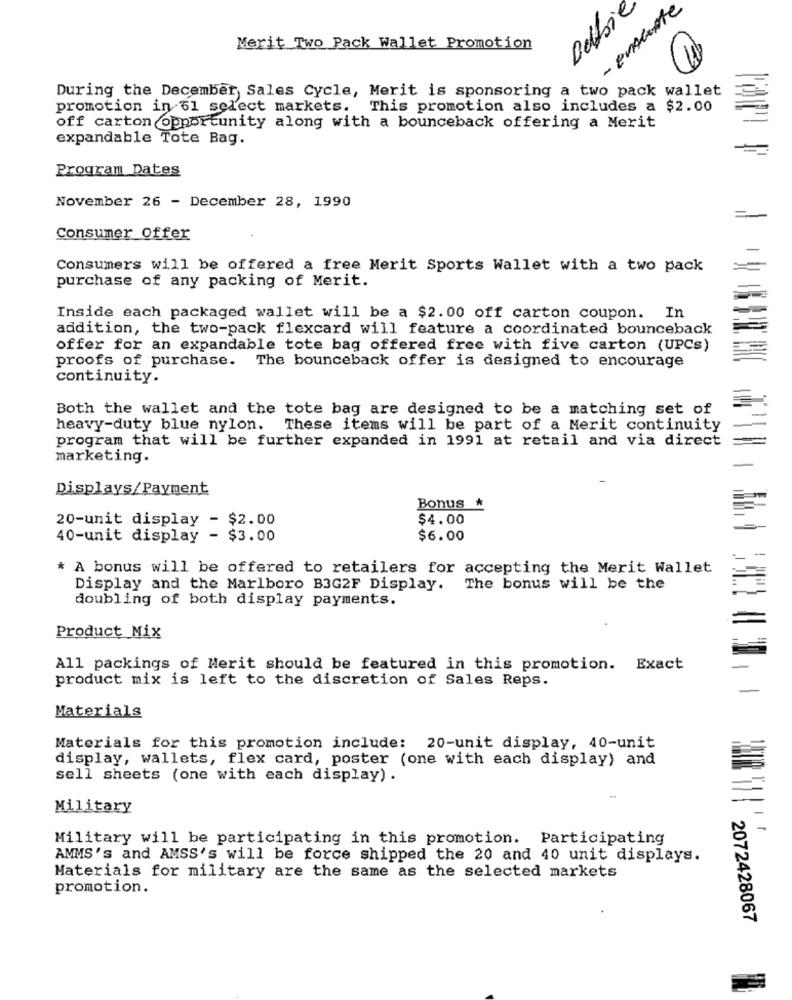
Deldie
- ensuite
Merit Two Pack Wallet Promotion
During the December, Sales Cycle, Merit is sponsoring a two pack wallet
promotion in 61 select markets. This promotion also includes a $2.00
off carton opportunity along with a bounceback offering a Merit
expandable Tote Bag.
Program Dates
November 26 - December 28, 1990
Consumer Offer
Consumers will be offered a free Merit Sports Wallet with a two pack
purchase of any packing of Merit.
Inside each packaged wallet will be a $2.00 off carton coupon. In
addition, the two-pack flexcard will feature a coordinated bounceback
offer for an expandable tote bag offered free with five carton (UPCs)
proofs of purchase.
The bounceback offer is designed to encourage
continuity.
Both the wallet and the tote bag are designed to be a matching set of
heavy-duty blue nylon.
These items will be part of a Merit continuity
program that will be further expanded in 1991 at retail and via direct
marketing.
Displays/Payment
Bonus
20-unit display - $2.00
$4.00
40-unit display - $3.00
$6.00
* A bonus will be offered to retailers for accepting the Merit Wallet
Display and the Marlboro B3G2F Display. The bonus will be the
doubling of both display payments.
Product Mix
All packings of Merit should be featured in this promotion. Exact
product mix is left to the discretion of Sales Reps.
Materials
Materials for this promotion include: 20-unit display, 40-unit
display, wallets, flex card, poster (one with each display) and
sell sheets (one with each display) .
Military
Military will be participating in this promotion. Participating
AMMS's and AMSS's will be force shipped the 20 and 40 unit displays.
Materials for military are the same as the selected markets
promotion.
2072428067